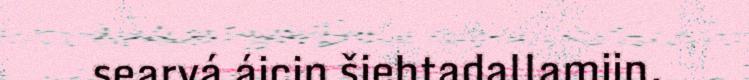
searvá áicin šiehtadallamiin.